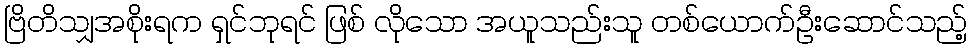
ဗြိတိသျှအစိုးရက ရှင်ဘုရင် ဖြစ် လိုသော အယူသည်းသူ တစ်ယောက်ဦးဆောင်သည့်